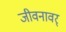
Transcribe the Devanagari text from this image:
जीवनावर्